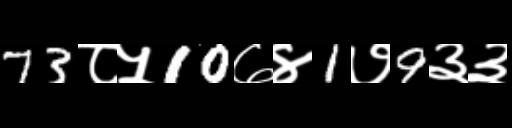
Text: 73८५10७४1७9३३